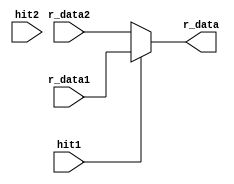
module rdata_mux (
    input hit1, hit2,
    input [127:0] r_data1, r_data2,
    output [127:0] r_data
);
    assign r_data = hit1 ? r_data1 : r_data2;
    //hit1 = 0, hit2 = 0 -> r_data = r_data2
endmodule